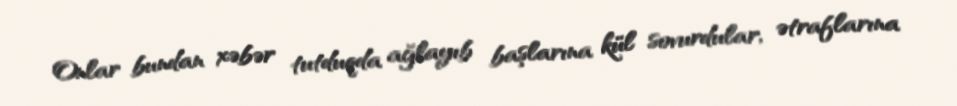
Onlar bundan xəbər tutduqda ağlayıb başlarına kül sovurdular, ətraflarına